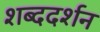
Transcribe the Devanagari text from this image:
शब्ददर्शन